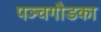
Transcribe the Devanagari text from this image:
पञ्चगौडका